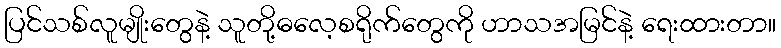
ပြင်သစ်လူမျိုးတွေနဲ့ သူတို့ဓလေ့စရိုက်တွေကို ဟာသအမြင်နဲ့ ရေးထားတာ။